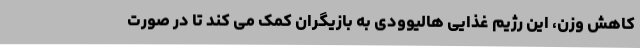
کاهش وزن، این رژیم غذایی هالیوودی به بازیگران کمک می کند تا در صورت